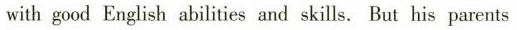
with good English abilities and skills. But his parents